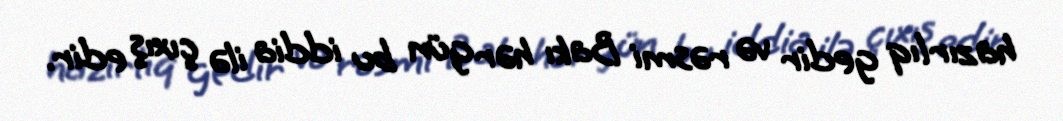
hazırlıq gedir və rəsmi Bakı hər gün bu iddia ilə çıxış edir.